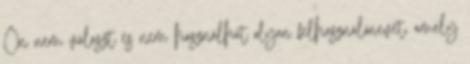
Ön nem választ és nem használhat olyan felhasználónevet, amely